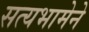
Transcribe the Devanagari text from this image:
सत्यभामेने